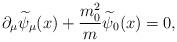
LaTeX: \begin{align*}\partial _\mu \widetilde{\psi }_\mu (x)+\frac{m_0^2}{m}\widetilde{\psi }_0 (x)=0 ,\end{align*}